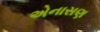
એનાસણ